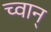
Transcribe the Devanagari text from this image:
च्वान्